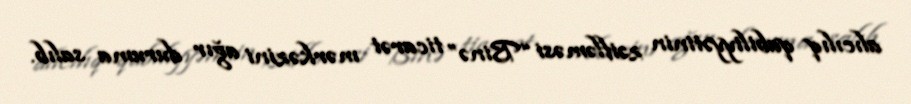
alıcılıq qabiliyyətinin zəifləməsi “Binə” ticarət mərkəzini ağır duruma salıb.